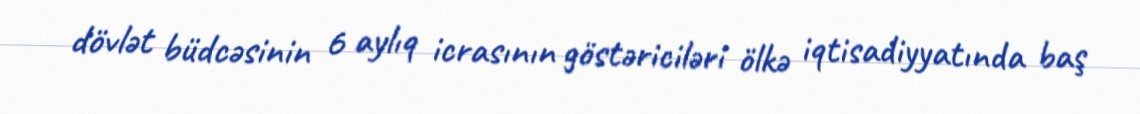
dövlət büdcəsinin 6 aylıq icrasının göstəriciləri ölkə iqtisadiyyatında baş